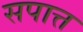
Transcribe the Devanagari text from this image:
सपात्त